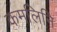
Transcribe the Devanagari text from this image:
कमलिनि